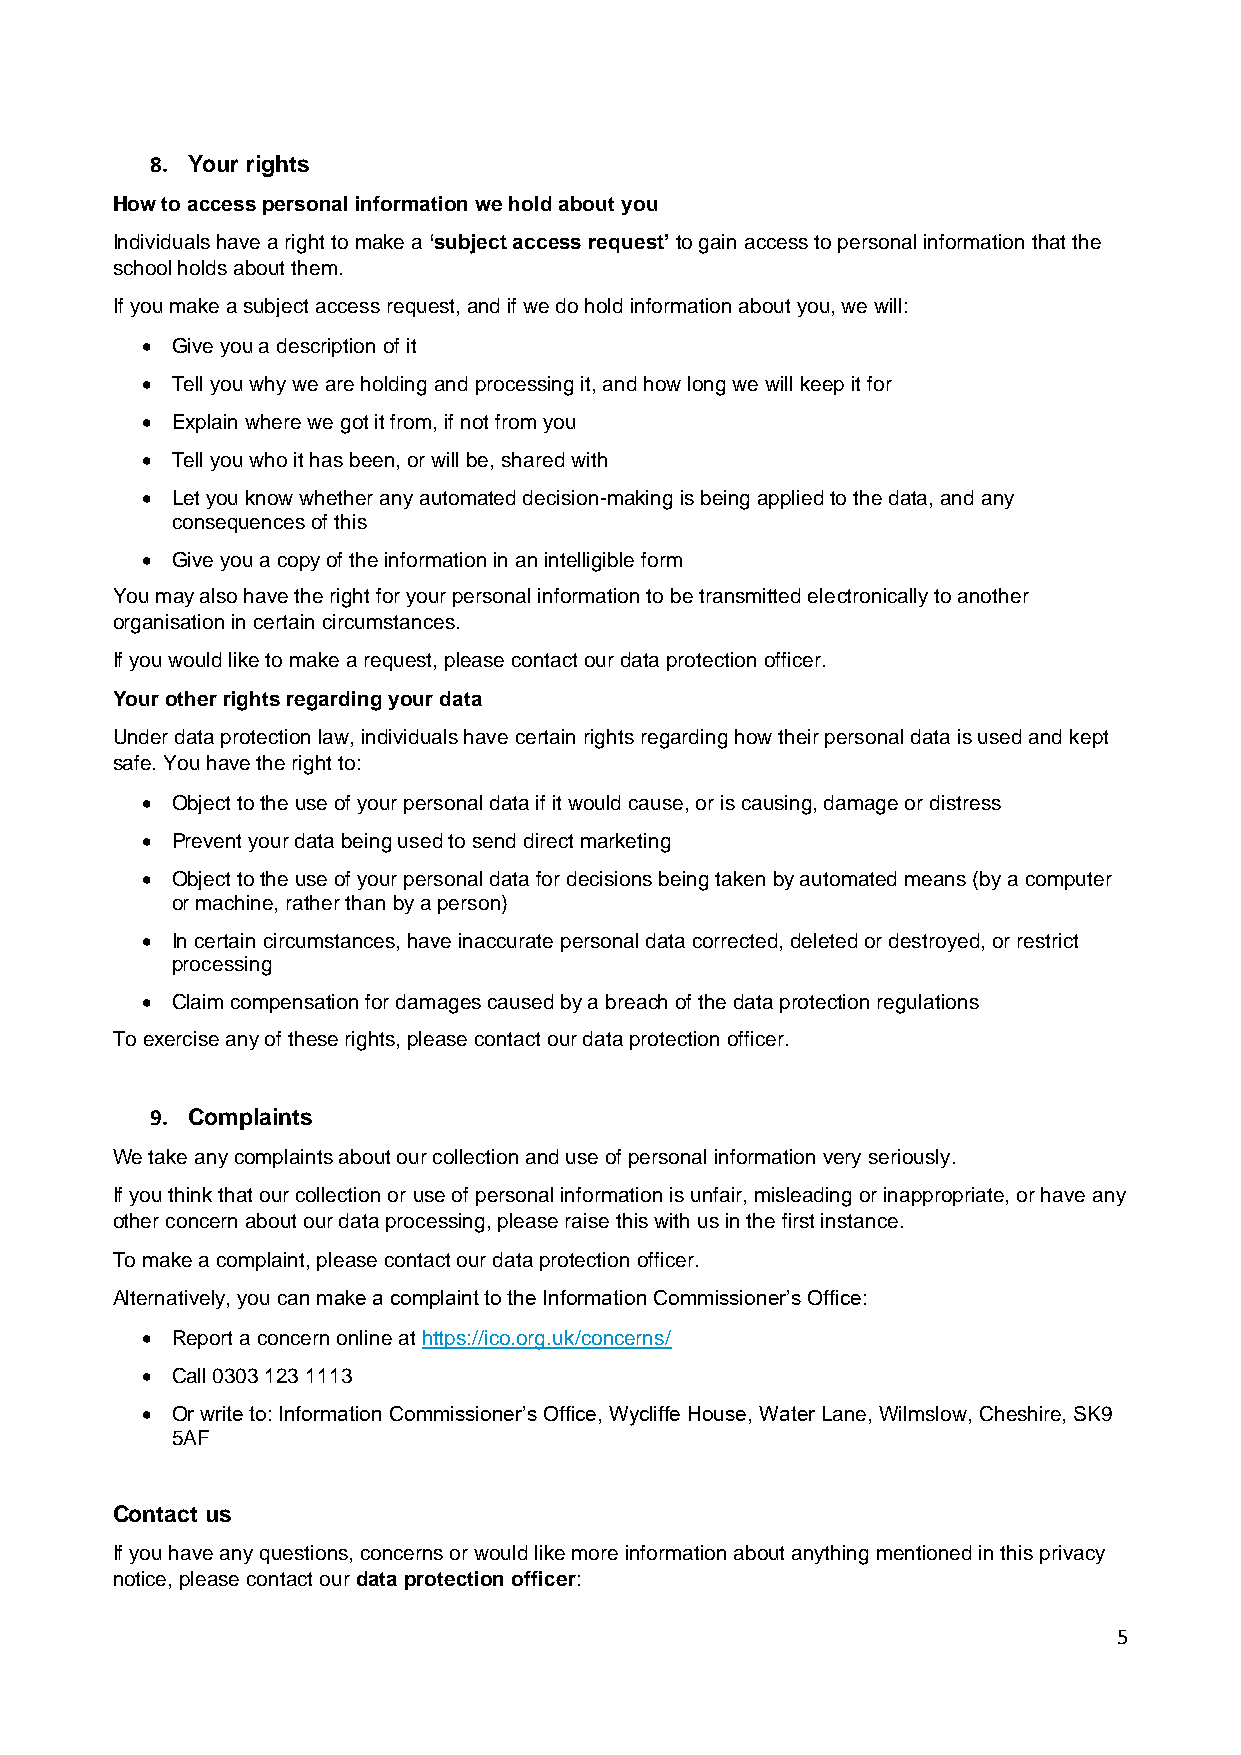
8. Your rights
 How to access personal information we hold about you
 Individuals have a right to make a ‘subject access request’ to gain access to personal information that the
 school holds about them.
 If you make a subject access request, and if we do hold information about you, we will:
 • Give you a description of it
 • Tell you why we are holding and processing it, and how long we will keep it for
 • Explain where we got it from, if not from you
 • Tell you who it has been, or will be, shared with
 • Let you know whether any automated decision-making is being applied to the data, and any
 consequences of this
 • Give you a copy of the information in an intelligible form
 You may also have the right for your personal information to be transmitted electronically to another
 organisation in certain circumstances.
 If you would like to make a request, please contact our data protection officer.
 Your other rights regarding your data
 Under data protection law, individuals have certain rights regarding how their personal data is used and kept
 safe. You have the right to:
 • Object to the use of your personal data if it would cause, or is causing, damage or distress
 • Prevent your data being used to send direct marketing
 • Object to the use of your personal data for decisions being taken by automated means (by a computer
 or machine, rather than by a person)
 • In certain circumstances, have inaccurate personal data corrected, deleted or destroyed, or restrict
 processing
 • Claim compensation for damages caused by a breach of the data protection regulations
 To exercise any of these rights, please contact our data protection officer.
 9. Complaints
 We take any complaints about our collection and use of personal information very seriously.
 If you think that our collection or use of personal information is unfair, misleading or inappropriate, or have any
 other concern about our data processing, please raise this with us in the first instance.
 To make a complaint, please contact our data protection officer.
 Alternatively, you can make a complaint to the Information Commissioner’s Office:
 • Report a concern online at https://ico.org.uk/concerns/
 • Call 0303 123 1113
 • Or write to: Information Commissioner’s Office, Wycliffe House, Water Lane, Wilmslow, Cheshire, SK9
 5AF
 Contact us
 If you have any questions, concerns or would like more information about anything mentioned in this privacy
 notice, please contact our data protection officer:
 5